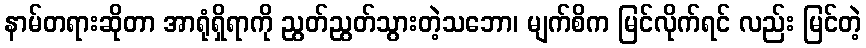
နာမ်တရားဆိုတာ အာရုံရှိရာကို ညွတ်ညွတ်သွားတဲ့သဘော၊ မျက်စိက မြင်လိုက်ရင် လည်း မြင်တဲ့